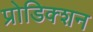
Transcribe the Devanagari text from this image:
प्रोडिक्शन